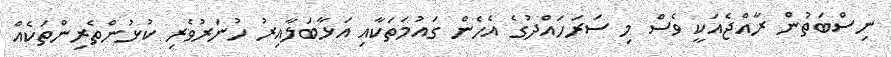
ނިސްބަތުން ރާއްޖެއަކީ ވެސް މި ސަރަހައްދުގެ އެހެން ގައުމަތަކާއި އަޅާބަލާއިރު ހުނަރުވެރި ކުޅުންތެރިންތަކެއް